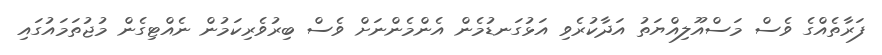
ފަރާތެއްގެ ވެސް މަސްއޫލިއްޔަތު އަދާކުރެވި އަޅުގަނޑުމެން އެންމެންނަށް ވެސް ބިރުވެރިކަމުން ނެއްޓިގެން މުޖުތަމައުގައި